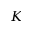
K